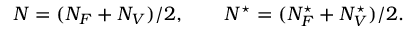
N = ( N _ { F } + N _ { V } ) / 2 , \qquad N ^ { \star } = ( N _ { F } ^ { \star } + N _ { V } ^ { \star } ) / 2 .